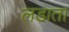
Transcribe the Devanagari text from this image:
लडाता